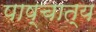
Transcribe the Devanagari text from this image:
पाष्चात्य